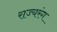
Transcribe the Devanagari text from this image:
राज्यरंग